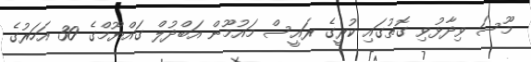
މޫސަ ވިދާޅުވި ގޮތުގައި ކުރީގެ ރައީސް މައުމޫން އަބްދުލް ގައްޔޫމްގެ 30 އަހަރުގެ